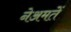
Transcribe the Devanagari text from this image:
नेअमतेें